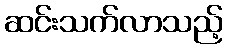
ဆင်းသက်လာသည့်